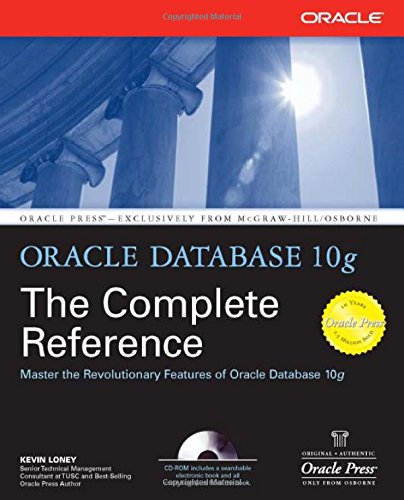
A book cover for Oracle Database 10g: The Complete Reference (Osborne ORACLE Press Series); Kevin Loney; Computers & Technology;